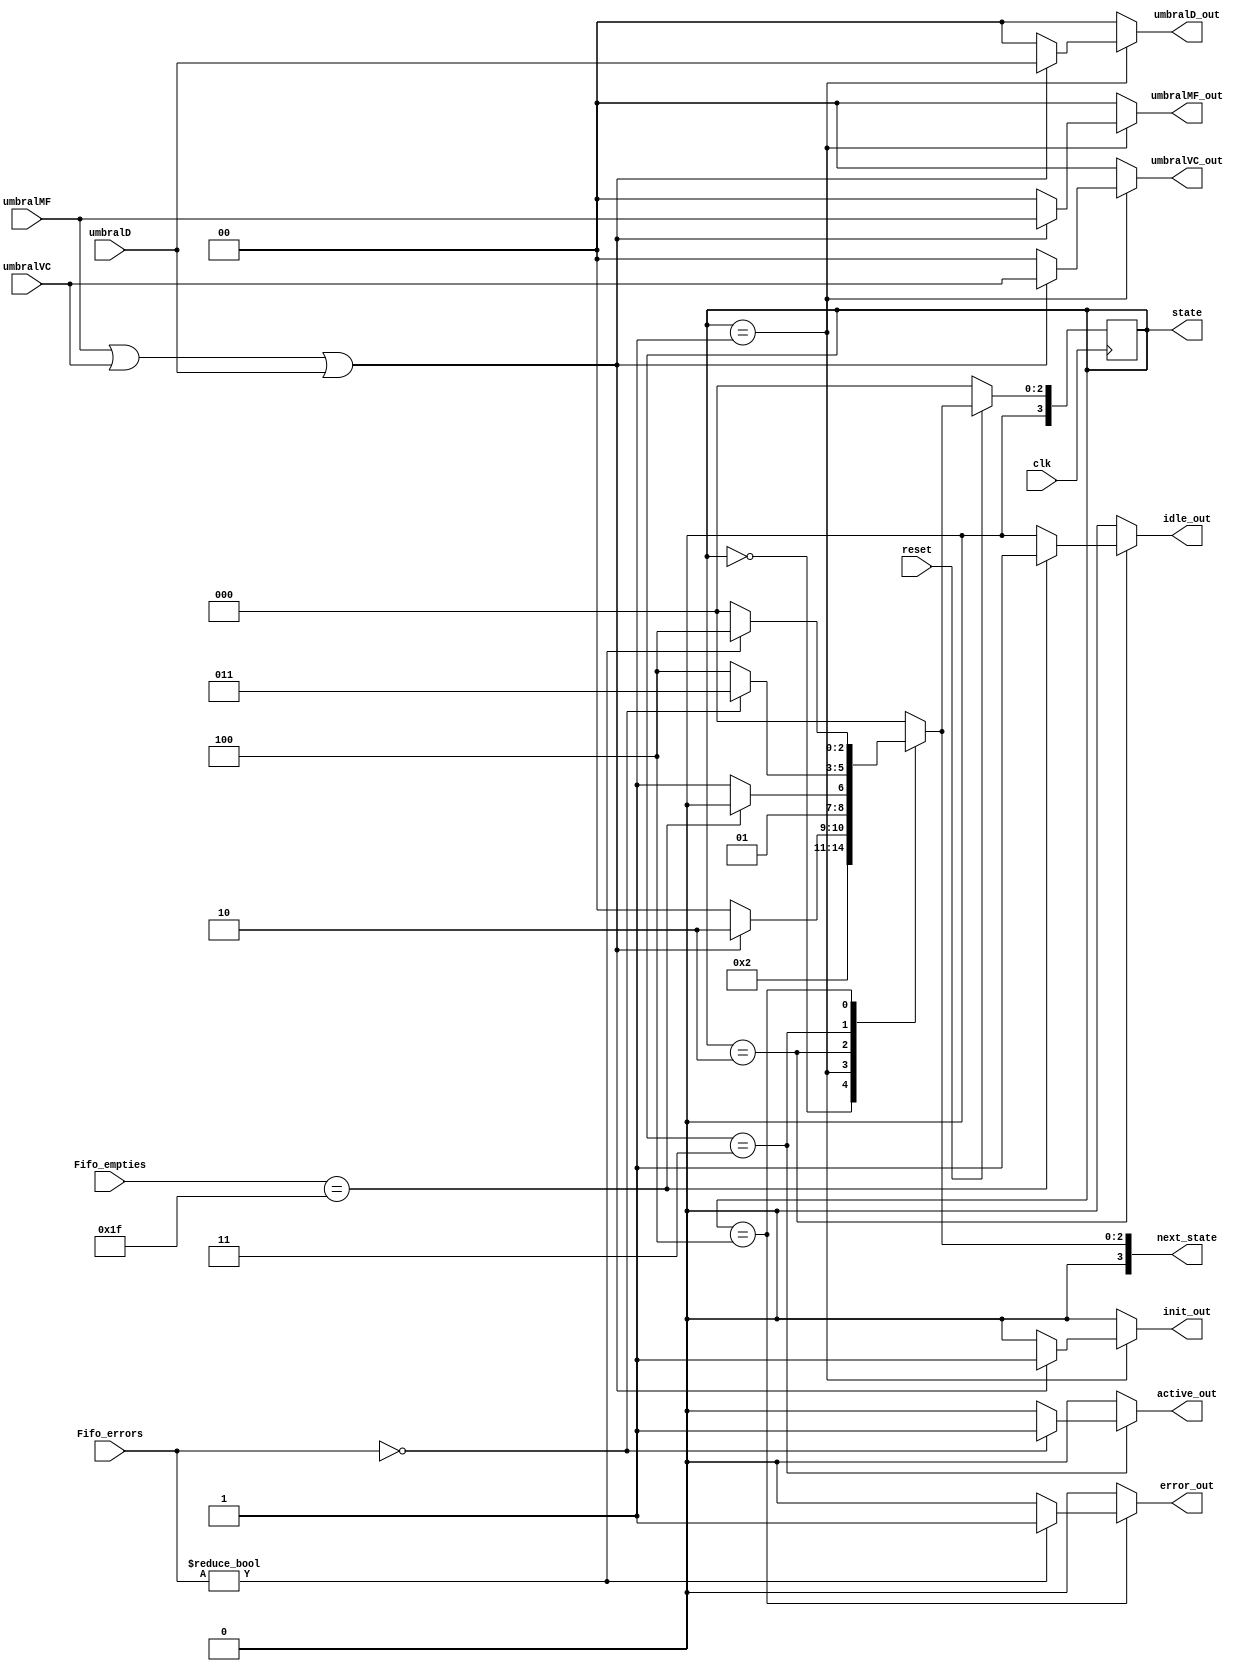
module maquina#(parameter LENGTH = 2)
		(input clk,
		input reset,
		input [LENGTH-1:0] umbralMF,
		input [LENGTH-1:0] umbralVC,
		input [LENGTH-1:0] umbralD,
		input [4:0] Fifo_empties,
		input [4:0] Fifo_errors,
		output reg init_out,
		output reg idle_out,
		output reg active_out,
		output reg error_out,
		output reg [LENGTH-1:0] umbralMF_out,
		output reg [LENGTH-1:0] umbralVC_out,
		output reg [LENGTH-1:0] umbralD_out,
		output reg [3:0] state, 
		output reg [3:0]next_state);

parameter RESET=0;
parameter INIT =1;
parameter IDLE =2;
parameter ACTIVE=3;
parameter ERROR=4;

 always @ (posedge clk) begin
        if(~reset) begin
            state <= RESET; 
          //  error_out <=0;
        end
        else begin
            state <= next_state;
            
        end
    end		

always @(*) begin
	idle_out=0;
	active_out=0;
	error_out=0;
	next_state=state;
	init_out = 0;
	umbralMF_out = 0;
	umbralVC_out = 0;
	umbralD_out = 0;
	case(state)
		RESET: begin
		//For RESET state
			next_state= INIT;
		end
		
		INIT: begin
		//For INIT state
			if(umbralMF || umbralVC || umbralD)begin
			//Si hay algun umbral ON, init_out se enciende
				init_out=1;
				umbralMF_out = umbralMF;
				umbralVC_out = umbralVC;
				umbralD_out = umbralD;
				next_state= IDLE;
			end else begin
			//Si ningun umbral esta on, se vuelve a RESET e init_out se queda apagado
				init_out=0;
				umbralMF_out = 0;
				umbralVC_out = 0;
				umbralD_out = 0;
				next_state= RESET;
			end
		end
		
		IDLE: begin
		//For IDLE state
			if(Fifo_empties == 5'b11111)begin 
				idle_out=1;
				next_state= IDLE;
			end else begin
				idle_out=0;
				next_state= ACTIVE;
			end 
		end
		
		ACTIVE: begin
		//For ACTIVE state
			if(Fifo_errors == 00000) begin //Si el fifo no esta ni lleno, ni vacio, osea que tiene informacion adentro que se puede transmitir
				active_out=1;
				next_state=ACTIVE;
			end else begin
			//Este caso generaria un error puesto que el fifo no puede estar vacio y lleno al mismo tiempo
				active_out=0;
				next_state=ERROR; 	
			end 
			
		end
		
		ERROR: begin
		//For ERROR state
			if(Fifo_errors != 00000)begin
				error_out=1;
				next_state=ERROR;
			end else begin
				error_out=0;
				next_state=RESET;
			end		
		end
		default: begin
			next_state= RESET;
			idle_out=0;
			active_out=0;
			error_out=0;
		end
	endcase	
end


endmodule